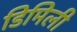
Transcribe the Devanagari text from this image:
डिमिली